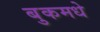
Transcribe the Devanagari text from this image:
बुकमधे